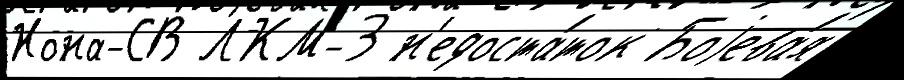
Нона-СВ ЛКМ-3 н'едоста́ток Боjева́я